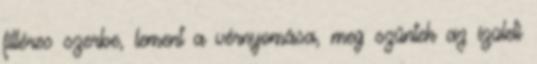
filléres szerbe, lement a vérnyomása, meg szűntek az ízületi